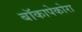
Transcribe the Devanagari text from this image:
बॉकापेकोरा